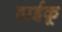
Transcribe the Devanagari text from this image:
हाईकू